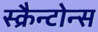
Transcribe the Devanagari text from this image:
स्क्रैन्टोन्स